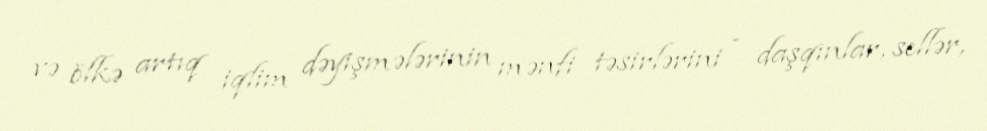
və ölkə artıq iqlim dəyişmələrinin mənfi təsirlərini - daşqınlar, sellər,